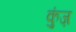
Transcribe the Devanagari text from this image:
कुंज़